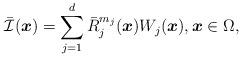
LaTeX: \begin{align*} {\cal {\bar I}}( \boldsymbol{x})= \sum_{j=1}^{d} {\bar R}_j^{m_j}( \boldsymbol{x} ) W_j ( \boldsymbol{x}), \boldsymbol{x} \in \Omega,\end{align*}